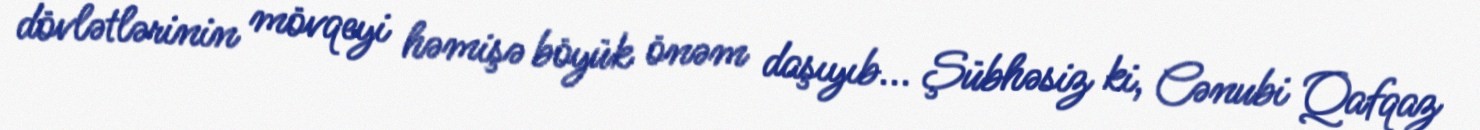
dövlətlərinin mövqeyi həmişə böyük önəm daşıyıb... Şübhəsiz ki, Cənubi Qafqaz